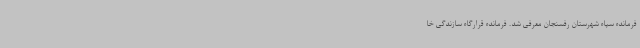
فرمانده سپاه شهرستان رفسنجان معرفی شد. فرمانده قرارگاه سازندگی خا